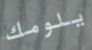
يلومك